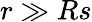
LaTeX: r\gg Rs